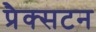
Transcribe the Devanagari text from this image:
प्रैक्सटन